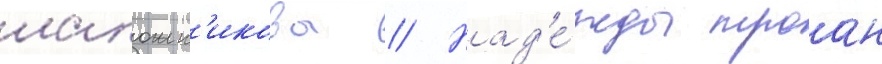
шапошн'икова // Над'е́жды троан